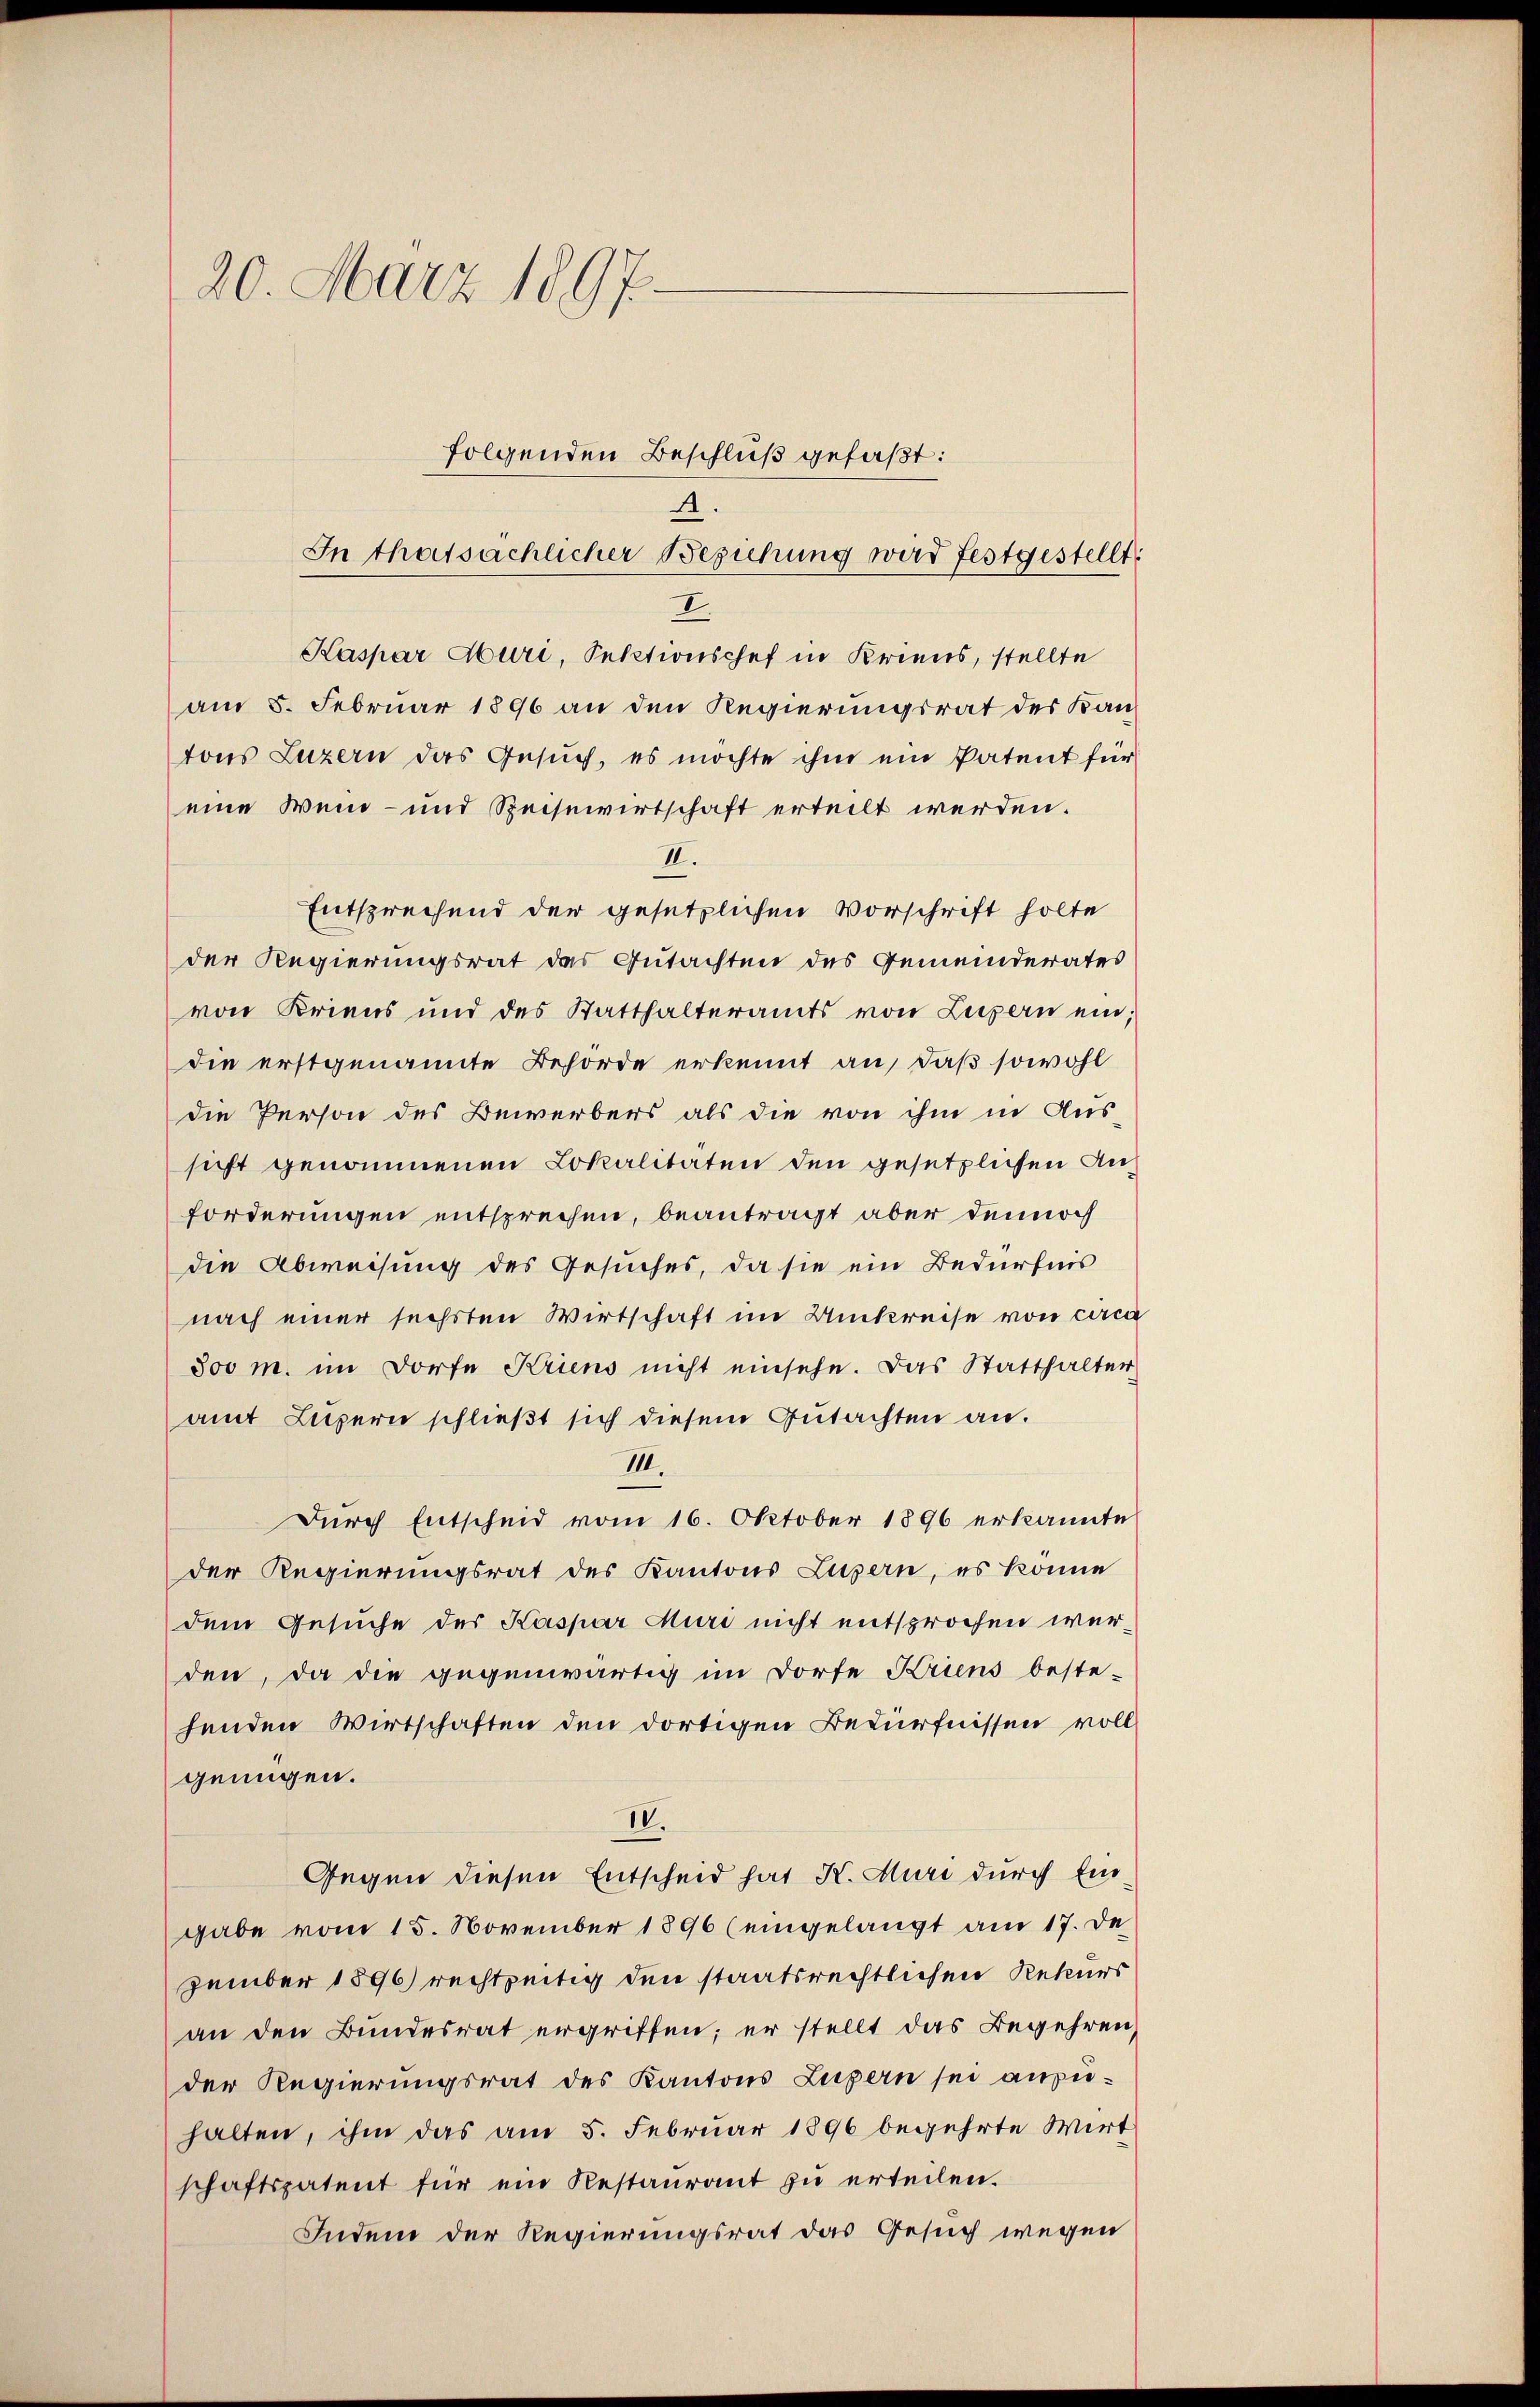
20. März 1897
folgenden Beschluß gefaßt:
A.
In thatsächlicher Beziehung wird festgestellt:

Entsprechend der gesetzlichen Vorschrift holte
der Regierungsrat das Gutachten des Gemeinderates
von Kriens und des Statthalteramts von Luzern ein;
die erstgenannte Behörde erkennt an, daß sowohl
die Person des Bewerbers als die von ihm in Aus-
sicht genommenen Lokalitäten den gesetzlichen Anforderungen entsprechen, beantragt aber dennoch
die Abweisung des Gesuches, da sie ein Bedürfnis
nach einer sechsten Wirtschaft im Umkreise von circa
300 m. im Dorfe Kriens nicht einsehe. Das Statthalter
amt Luzern schließt sich diesem Gutachten an.
III.
Durch Entscheid vom 16. Oktober 1896 erkannte
der Regierungsrat des Kantons Luzern, es könne
dem Gesuche der Kaspar Muri nicht entsprochen werden, da die gegenwärtig im Dorfe Kriens beste-
henden Wirtschaften den dortigen Bedürfnissen voll
genügen.
IV.
Gegen diesen Entscheid hat K. Muri durch Ein
gabe vom 15. November 1896 (eingelangt am 17. De
zember 1896) rechtzeitig den staatsrechtlichen Rekurs
an den Bundesrat ergriffen; er stellt das Begehren,
der Regierungsrat des Kantons Luzern sei anzuhalten, ihm das am 5. Februar 1896 begehrte Wirt
schaftspatent für ein Restaurant zu erteilen.
Indem der Regierungsrat das Gesuch wegen

I.
Kaspar Muri, Sektionschef in Kriens, stellte
am 5. Februar 1896 an den Regierungsrat des Kantons Luzern das Gesuch, es möchte ihm ein Patent für
eine Wein- und Speisewirtschaft erteilt werden.
II.